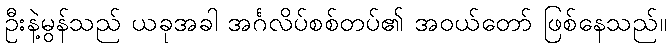
ဦးနဲ့မွန်သည် ယခုအခါ အင်္ဂလိပ်စစ်တပ်၏ အဝယ်တော် ဖြစ်နေသည်။